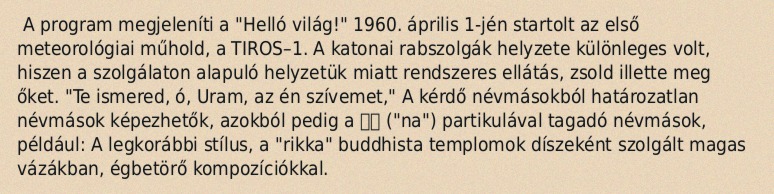
A program megjeleníti a "Helló világ!" 1960. április 1-jén startolt az első meteorológiai műhold, a TIROS–1. A katonai rabszolgák helyzete különleges volt, hiszen a szolgálaton alapuló helyzetük miatt rendszeres ellátás, zsold illette meg őket. "Te ismered, ó, Uram, az én szívemet," A kérdő névmásokból határozatlan névmások képezhetők, azokból pedig a না ("na") partikulával tagadó névmások, például: A legkorábbi stílus, a "rikka" buddhista templomok díszeként szolgált magas vázákban, égbetörő kompozíciókkal.